Sanitation, dispensaries and jails vaccination Rajputana 1922-1927 - 1922-1927
Year: 1922
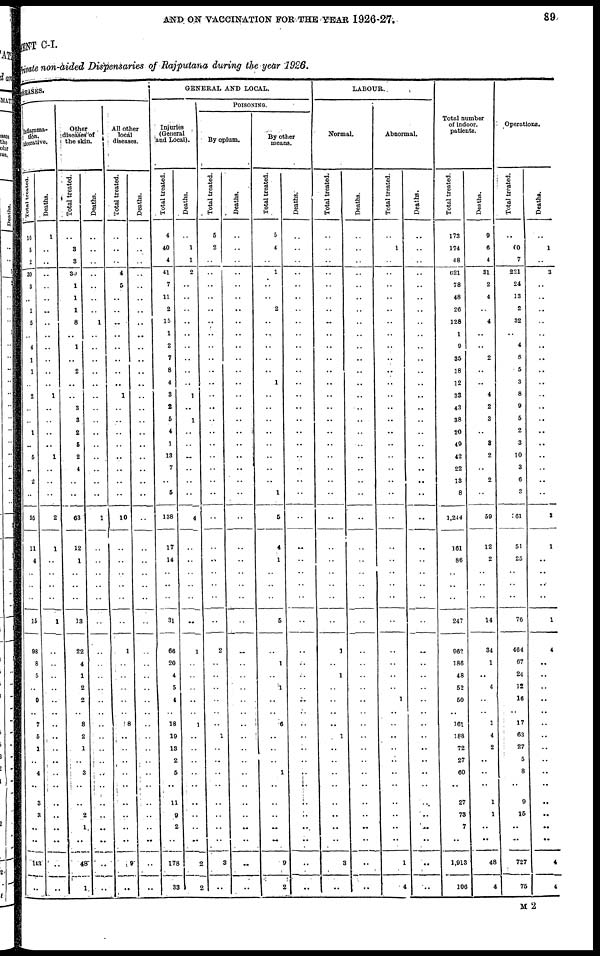
AND ON VACCINATION FOR THE YEAR 1926-27.
89
MENT C-I.
Private non-aided Dispensaries of Rajputana during the year 1926.
DISEASES.
Inflamma¬
tion,
iterative.
Total treated.
16
5
2
30
3
..
1
5
..
4
1
1
..
2
..
..
1
..
5
..
2
..
55
11
4
..
..
..
15
98
8
5
..
9
..
7
5
1
..
4
..
3
3
..
..
143
..
Deaths.
1
..
..
..
..
..
..
..
..
..
..
..
..
1
..
..
..
..
1
..
..
..
2
1
..
..
..
..
1
..
..
..
..
..
..
..
..
..
..
..
..
..
..
..
..
..
..
Other
diseases of
the skin.
Total treated.
..
3
3
30
1
1
1
8
..
1
..
2
..
..
3
3
2
5
2
4
..
..
63
12
1
..
..
..
13
22
4
1
2
2
..
8
2
1
..
3
..
..
2
1
..
48
1
Deaths.
..
..
..
..
..
..
..
1
..
..
..
..
..
..
..
..
..
..
..
..
..
..
1
..
..
..
..
..
..
..
..
..
..
..
..
..
..
..
..
..
..
..
..
..
..
..
..
All other
local
diseases.
Total treated.
..
..
..
4
5
..
..
..
..
..
..
..
..
1
..
..
..
..
..
..
..
..
10
..
..
..
..
..
..
1
..
..
..
..
..
8
..
..
..
..
..
..
..
..
..
9
..
Deaths.
..
..
..
..
..
..
..
..
..
..
..
..
..
..
..
..
..
..
..
..
..
..
..
..
..
..
..
..
..
..
..
..
..
..
..
..
..
..
..
..
..
..
..
..
..
..
..
GENERAL AND LOCAL.
Injuries
(General
and Local).
Total treated.
4
40
4
41
7
11
2
15
1
2
7
8
4
3
2
6
4
1
13
7
..
5
138
17
14
..
..
..
31
66
20
4
5
4
..
18
19
13
2
5
..
11
9
2
..
178
33
Deaths.
..
1
1
2
..
..
..
..
..
..
..
..
..
1
..
1
..
..
..
..
..
..
4
..
..
..
..
..
..
1
..
..
..
..
..
1
..
..
..
..
..
..
..
..
..
2
2
POISONING.
By opium.
Total treated.
5
2
..
..
..
..
..
..
..
..
..
..
..
..
..
..
..
..
..
..
..
..
..
..
..
..
..
..
..
2
..
..
..
..
..
..
1
..
..
..
..
..
..
..
..
3
..
Deaths.
..
..
..
..
..
..
..
..
..
..
..
..
..
..
..
..
..
..
..
..
..
..
..
..
..
..
..
..
..
..
..
..
..
..
..
..
..
..
..
..
..
..
..
..
..
..
..
By other
means.
Total treated.
5
4
..
1
..
..
2
..
..
..
..
..
1
..
..
..
..
..
..
..
..
1
5
4
1
..
..
..
5
..
1
..
1
..
..
6
..
..
..
1
..
..
..
..
..
9
2
Deaths.
..
..
..
..
..
..
..
..
..
..
..
..
..
..
..
..
..
..
..
..
..
..
..
..
..
..
..
..
..
..
..
..
..
..
..
..
..
..
..
..
..
..
..
..
..
..
..
LABOUR.
Normal.
Total treated.
..
..
..
..
..
..
..
..
..
..
..
..
..
..
..
..
..
..
..
..
..
..
..
..
..
..
..
..
..
1
..
1
..
..
..
..
1
..
..
..
..
..
..
..
..
3
..
Deaths.
..
..
..
..
..
..
..
..
..
..
..
..
..
..
..
..
..
..
..
..
..
..
..
..
..
..
..
..
..
..
..
..
..
..
..
..
..
..
..
..
..
..
..
..
..
..
..
Abnormal.
Total treated.
..
1
..
..
..
..
..
..
..
..
..
..
..
..
..
..
..
..
..
..
..
..
..
..
..
..
..
..
..
..
..
..
..
1
..
..
..
..
..
..
..
..
..
..
..
1
4
Deaths.
..
..
..
..
..
..
..
..
..
..
..
..
..
..
..
..
..
..
..
..
..
..
..
..
..
..
..
..
..
..
..
..
..
..
..
..
..
..
..
..
..
..
..
..
..
..
..
Total number
of indoor,
patients.
Total treated.
173
174
48
621
78
48
26
128
1
9
35
18
12
33
43
38
20
49
42
22
13
8
1,244
161
86
..
..
..
247
962
186
48
52
50
..
161
188
72
27
60
..
27
73
7
..
1,913
106
Deaths.
9
6
4
31
2
4
..
4
..
..
2
..
..
4
2
3
..
8
2
..
2
..
59
12
2
..
..
..
14
34
1
..
4
..
..
1
4
2
..
..
..
1
1
..
..
48
4
Operations.
Total treated.
..
60
7
221
24
13
2
32
..
4
8
5
3
8
9
5
2
3
10
3
6
3
361
51
25
..
..
..
76
464
67
24
12
16
..
17
63
27
5
8
..
9
15
..
..
727
75
Deaths.
..
1
..
3
..
..
..
..
..
..
..
..
..
..
..
..
..
..
..
..
..
..
3
1
..
..
..
..
1
4
..
..
..
..
..
..
..
..
..
..
..
..
..
..
..
4
4
M 2